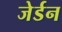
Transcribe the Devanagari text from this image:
जेर्डन